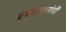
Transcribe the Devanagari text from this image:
स्वयंसुचनांची